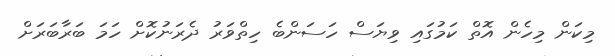
މިކަން މިހެން އޮތް ކަމުގައި ވިޔަސް ހަސަންބެ ހިތްވަރު ދެރަނުކޮށް ހަމަ ބަރާބަރަށް